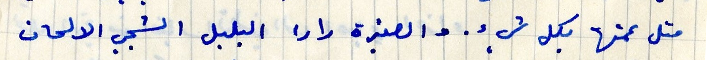
متل عمتها بكل شيء. والصغيرة لارا البلبل الشجي الالحان